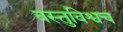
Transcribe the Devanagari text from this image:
वस्तुविश्वच